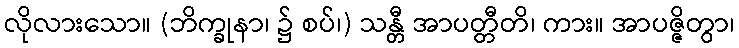
လိုလားသော။ (ဘိက္ခုနာ၊ ၌ စပ်၊) သန္တီ အာပတ္တီတိ၊ ကား။ အာပဇ္ဇိတွာ၊